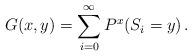
LaTeX: \begin{align*}G(x,y)=\sum_{i=0}^\infty P^x(S_i=y) \,.\end{align*}